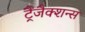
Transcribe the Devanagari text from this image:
ट्रैंजैक्शन्स